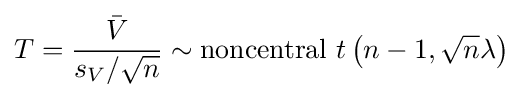
T={\frac {\bar {V}}{s_{V}/{\sqrt {n}}}}\sim {\text{noncentral }}t\left(n-1,{\sqrt {n}}\lambda \right)